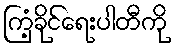
ကြံ့ခိုင်ရေးပါတီကို